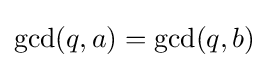
\gcd(q,a)=\gcd(q,b)